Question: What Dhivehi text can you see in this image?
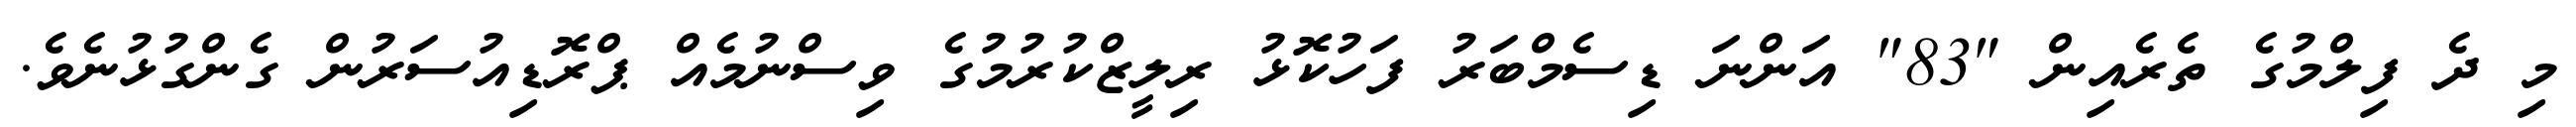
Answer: މި ދެ ފިލްމުގެ ތެރެއިން "83" އަންނަ ޑިސެމްބަރު ފަހުކޮޅު ރިލީޒްކުރުމުގެ ވިސްނުމެއް ޕްރޮޑިއުސަރުން ގެންގުޅުނެވެ.